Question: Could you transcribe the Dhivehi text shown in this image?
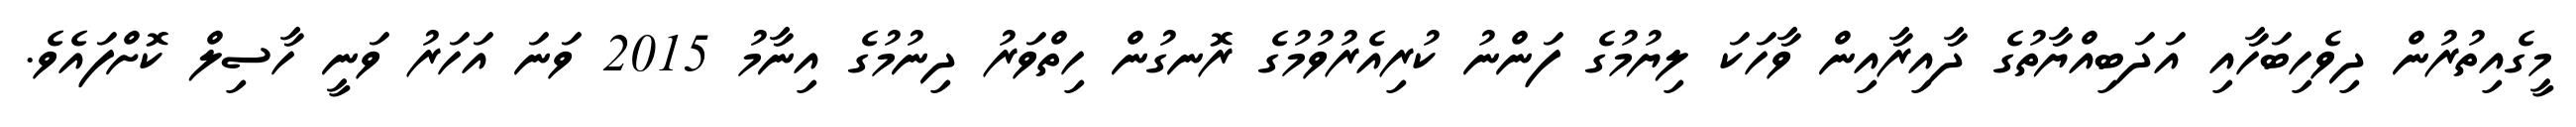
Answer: މީގެއިތުރުން ދިވެހިބަހާއި އަދަބިއްޔާތުގެ ދާއިރާއިން ވާހަކަ ލިޔުމުގެ ފަންނު ކުރިއެރުވުމުގެ ރޮނގުން ހިތްވަރު ދިނުމުގެ އިނާމު 2015 ވަނަ އަހަރު ވަނީ ހާސިލް ކޮށްފައެވެ.